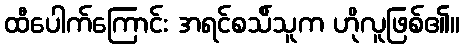
ထီပေါက်ကြောင်း အရင်စသ်ိသူက ဟိုလူဖြစ်၏။